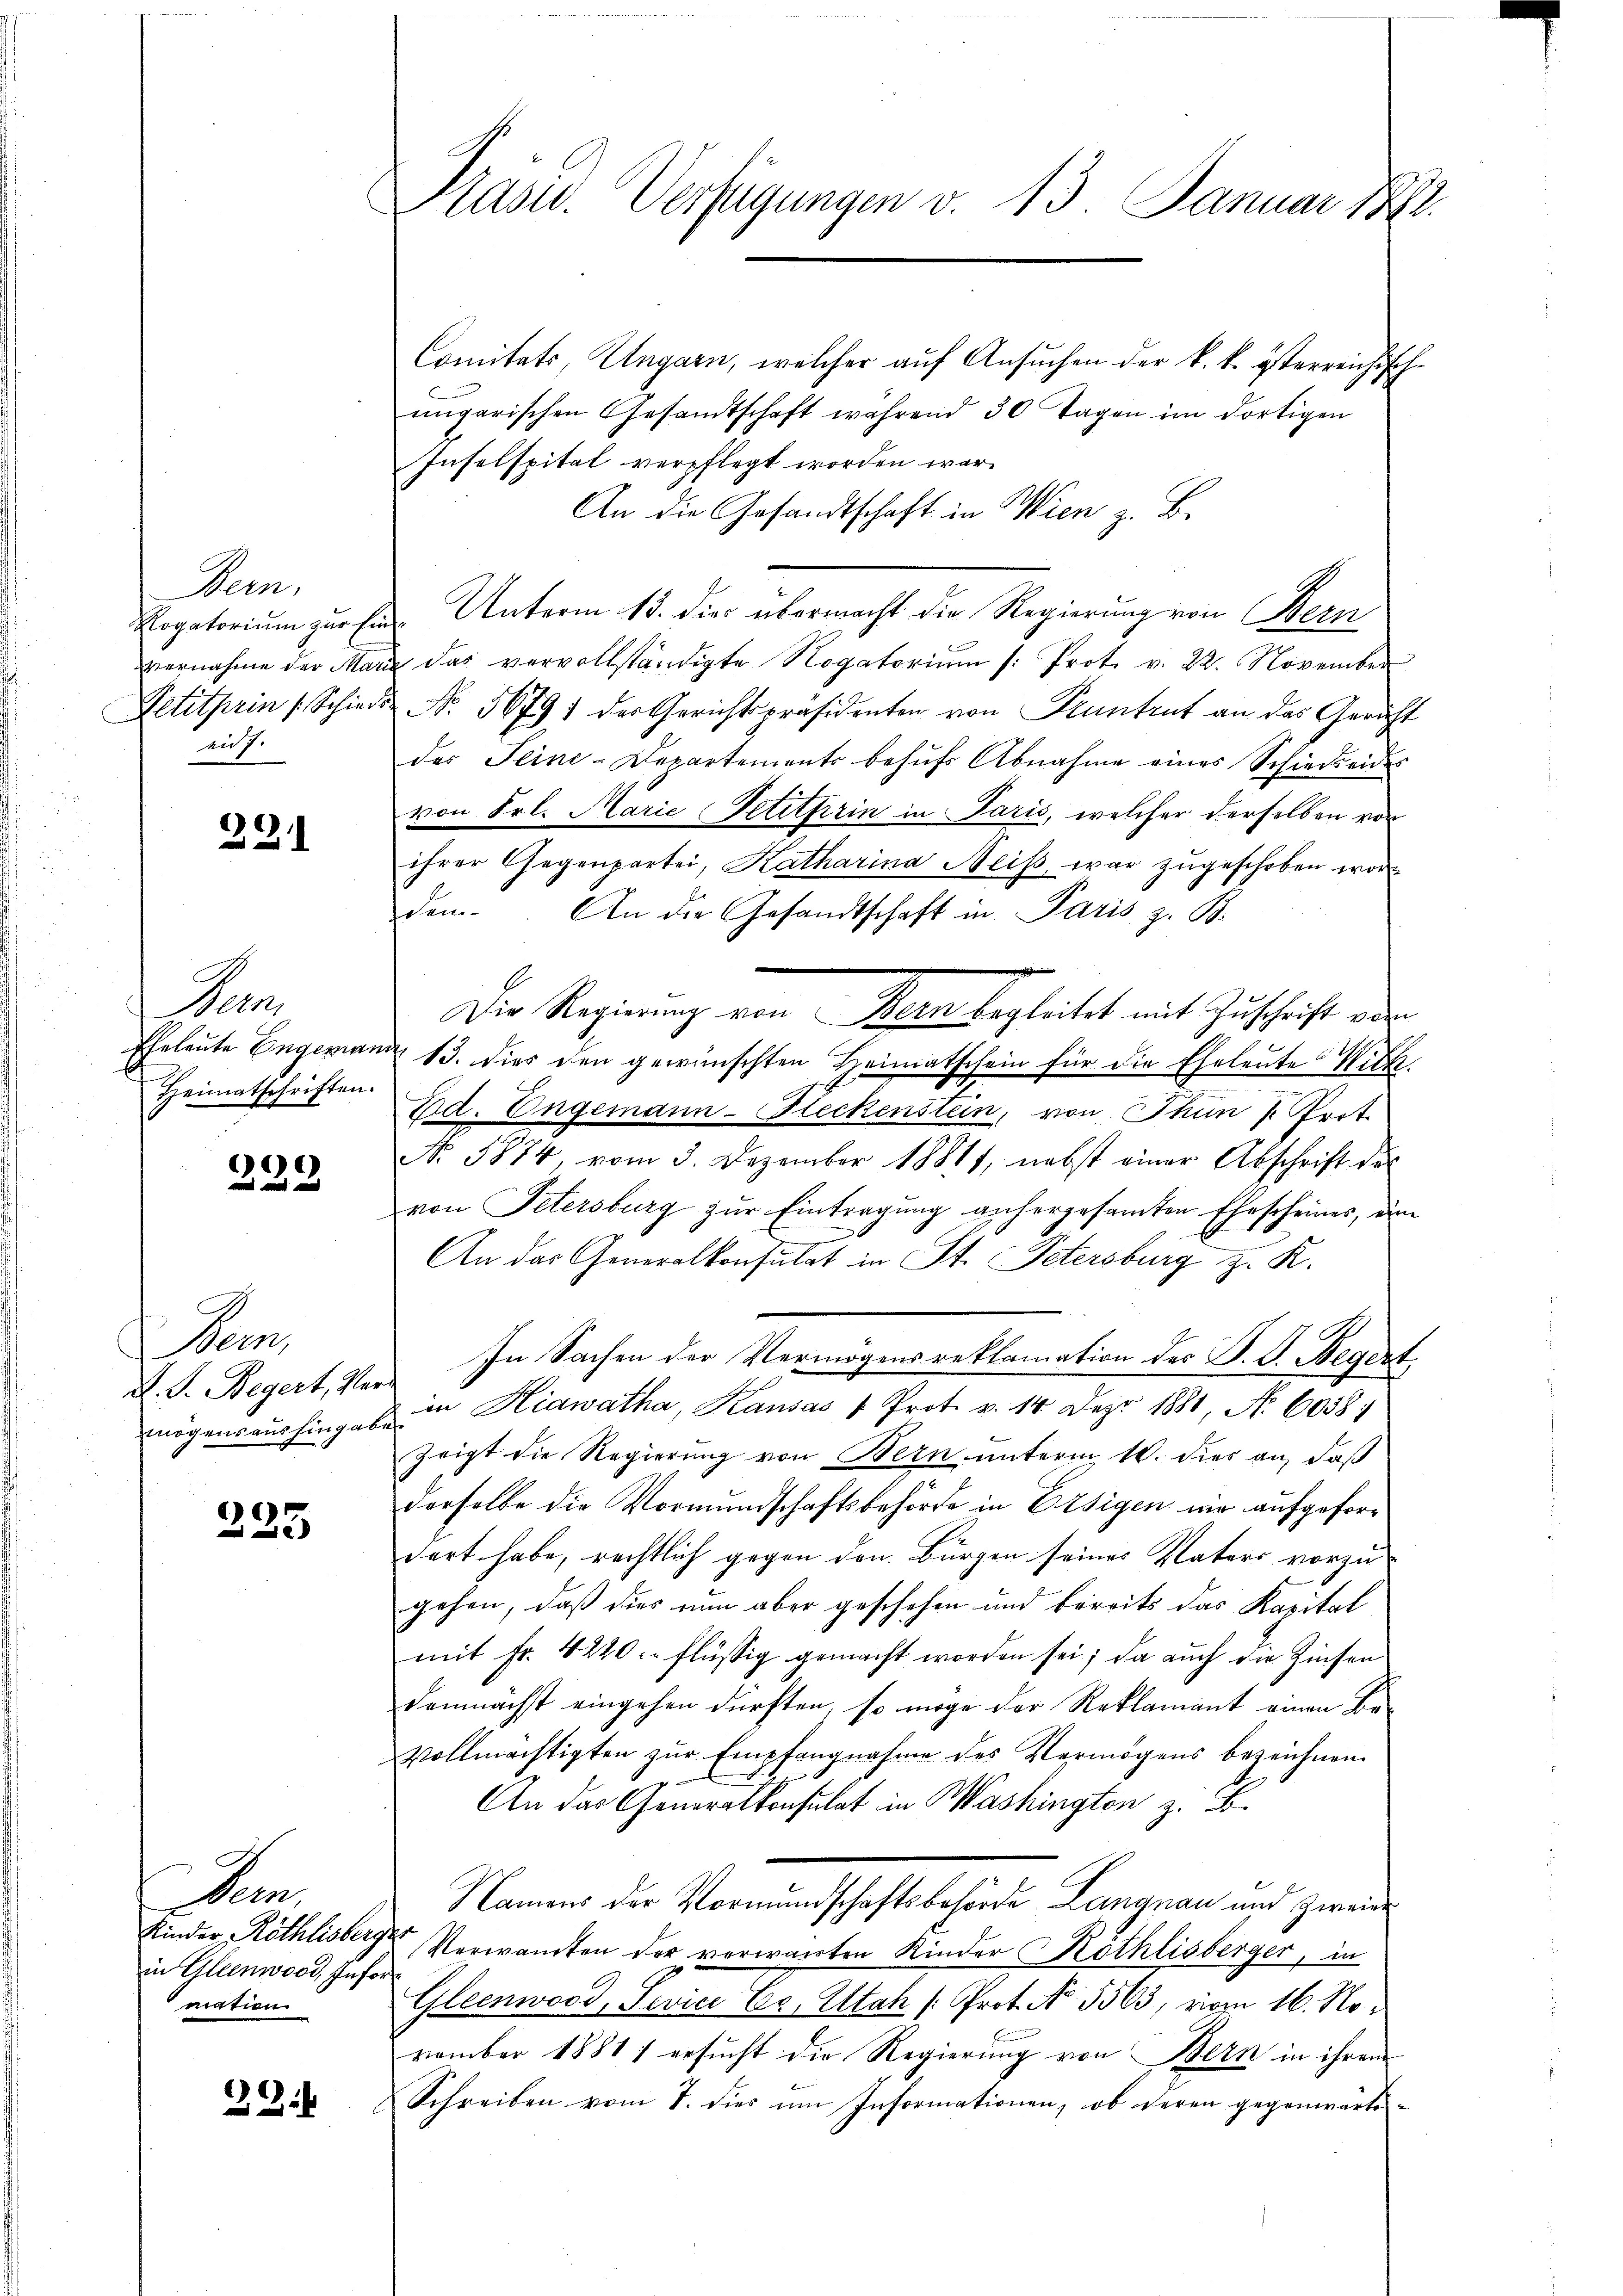
Bern.
anz.

221

Bern
Heimatschriften.

9c
.
und und

Bern
D. S. Begert, Ver
mögensaushingaben.

223

An
in Gleenwood, Information

29.

Präsid. Verfügungen v. 13. Januar 1882.

Comitats, Ungarn, welcher auf Ansuchen der k. k. österreichische
ungarischen Gesandtschaft während 30 Tagen im dortigen
Inselspital verpflegt worden war.
An die Gesandtschaft in Wien z. B.
Rogatorium zur Ein Unterm 15. die übermacht die Regierung von Bern,
vernahme der Marie das vervollständigte Rogatoriŭm /: Prot. v. 22. November
Petitprin (Schiede No. 56791 der Gerichtspräsidenten von Kuntrut an das Gericht
des Seine-Departements behŭfs Abnahme eines Schiedseides
von Frl. Marie Petitterin in Paris, welcher derselben von
ihrer Gegenpartei, Katharina Neiβ, war zŭgeschoben wordem. An die Gesandtschaft in Paris z. B.
Die Regierung von Mein begleitet mit Zuschrift der
Eheleute Engemand 13. dies den gewünschten Heimatschein für die Eheleute Wille
Ed. Engemann-Fleckenstein, von Thun P. Prot.
No. 5874, vom 3. Dezember 18811, nebst einer Abschrift der
von Petersburg zŭr Eintragung anhergesamten Ehescheines, ein
e
An das Generalkonsulat in St. Petersburg z. R.
In Sachen der Vermögens reklamation des P. G. Begert
in Hiawatha, Kausas " Prot. v. 14 Dez. 1881, No. 6058;
zeigt die Regierung von Bern unterm 10. dies an, daß
derselbe die Vormundschaftsbehörde in Ersigen mir aufgefordert habe, rechtlich gegen den Bürgen seines Nators vorzugehen, daß dies nun aber geschehen und bereits das Kapital
mit Fr. 4220 flüssig gemacht worden sei; da auch die Zinsen
demnächst eingehen dürften, so möge der Reklamant einen Be¬
Vollmächtigten zur Empfangnahme des Vermögens bezeichnen.
An das Generalkonsulat in Washington z. B.
Namens der Vormundschaftsbehörde Langnau und Zweige
Kinder, Röthlisberger Verwandten der vorwarten Kinder Kothlisberger, in
Gleenwood, Pevice Er. Altah (Prot. No. 5563, vom 16. November 1881 1 ersucht die Regierung von Bern in ihrem
Schreiben vom 7. dies um Informationen, ob deren gegenwärts-